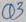
Text: Q3